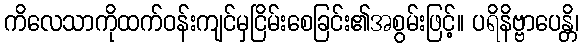
ကိလေသာကိုထက်ဝန်းကျင်မှငြိမ်းစေခြင်း၏အစွမ်းဖြင့်။ ပရိနိဗ္ဗာပေန္တိ၊